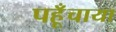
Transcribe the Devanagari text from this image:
पहूँचाया